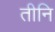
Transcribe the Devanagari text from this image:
तीनि